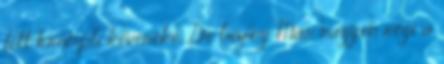
főtt krumpli keveréke. De bizony Már nagyon régi a